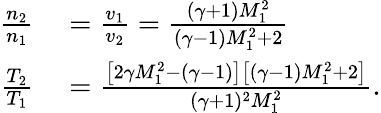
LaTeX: \begin{array}{rl}{\frac{n_{2}}{n_{1}}}&{{}=\frac{v_{1}}{v_{2}}=\frac{(\gamma+1)M_{1}^{2}}{(\gamma-1)M_{1}^{2}+2}}\\ {\frac{T_{2}}{T_{1}}}&{{}=\frac{\left[2\gamma M_{1}^{2}-(\gamma-1)\right]\left[(\gamma-1)M_{1}^{2}+2\right]}{(\gamma+1)^{2}M_{1}^{2}}.}\end{array}